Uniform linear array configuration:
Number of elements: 4
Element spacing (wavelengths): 1
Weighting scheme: exponential
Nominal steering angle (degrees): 15
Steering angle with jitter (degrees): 14.671
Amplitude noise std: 0.05
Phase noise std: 0.05

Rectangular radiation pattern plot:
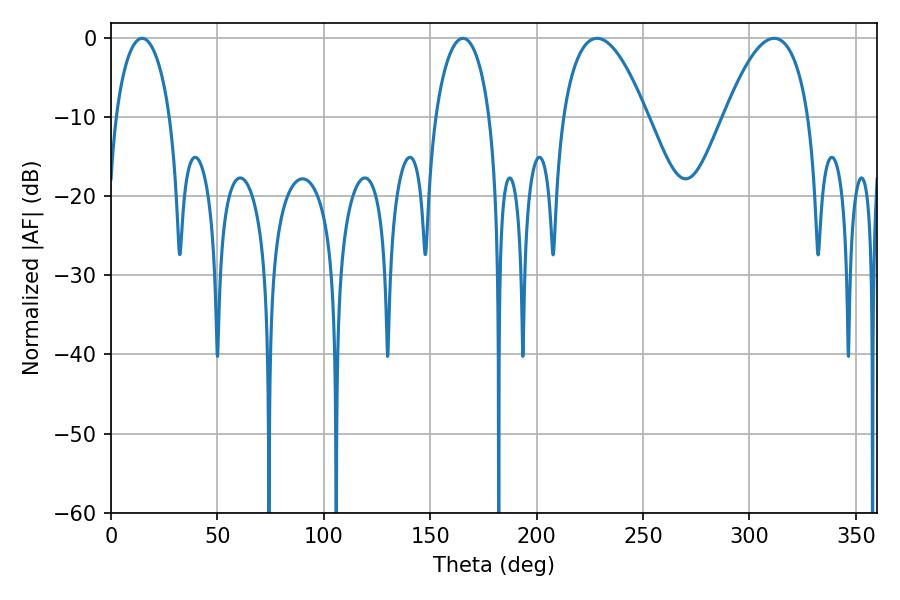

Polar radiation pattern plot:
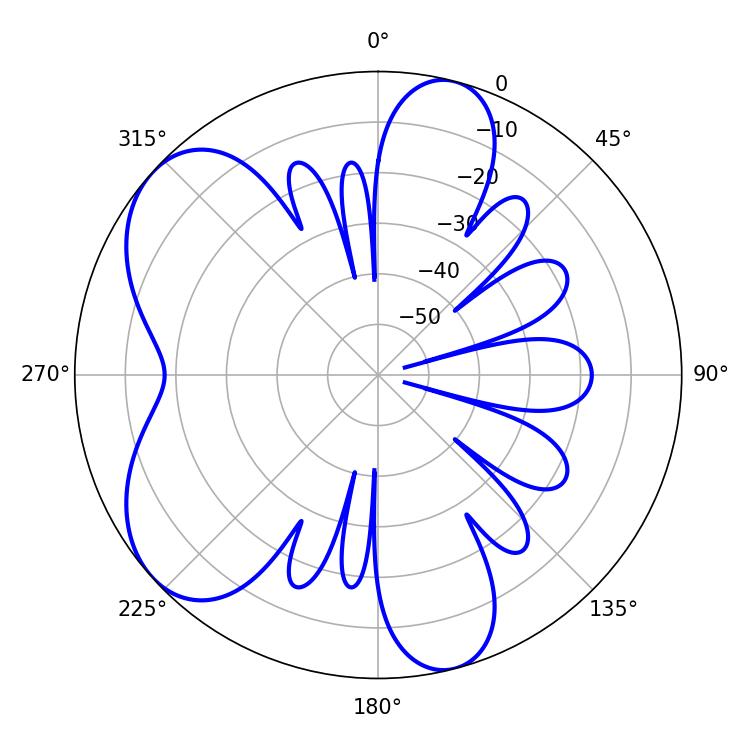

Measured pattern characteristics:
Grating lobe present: TRUE
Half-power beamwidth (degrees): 21.96
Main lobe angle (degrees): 228.42